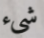
شيء